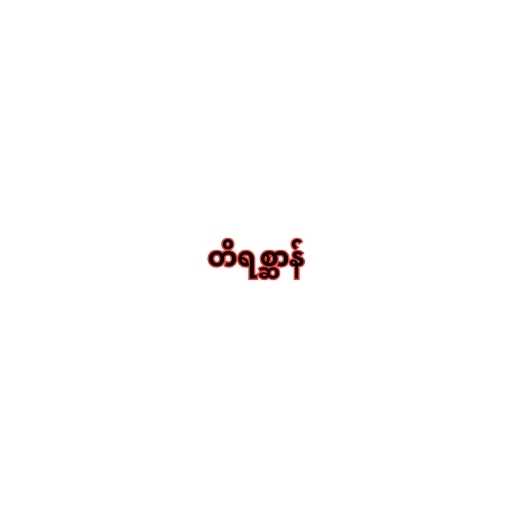
တိရစ္ဆာန်